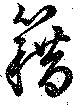
籍